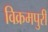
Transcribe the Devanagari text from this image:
विक्रमपुरी